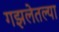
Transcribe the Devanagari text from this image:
गझलेतल्या